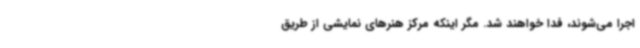
اجرا می‌شوند، فدا خواهند شد. مگر اینکه مرکز هنرهای نمایشی از طریق